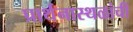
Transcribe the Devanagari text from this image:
प्रार्थनास्थळांची